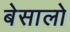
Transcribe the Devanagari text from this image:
बेसालो